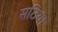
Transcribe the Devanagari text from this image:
सठिया